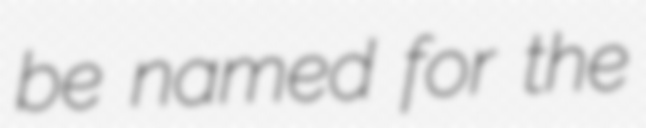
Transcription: be named for the